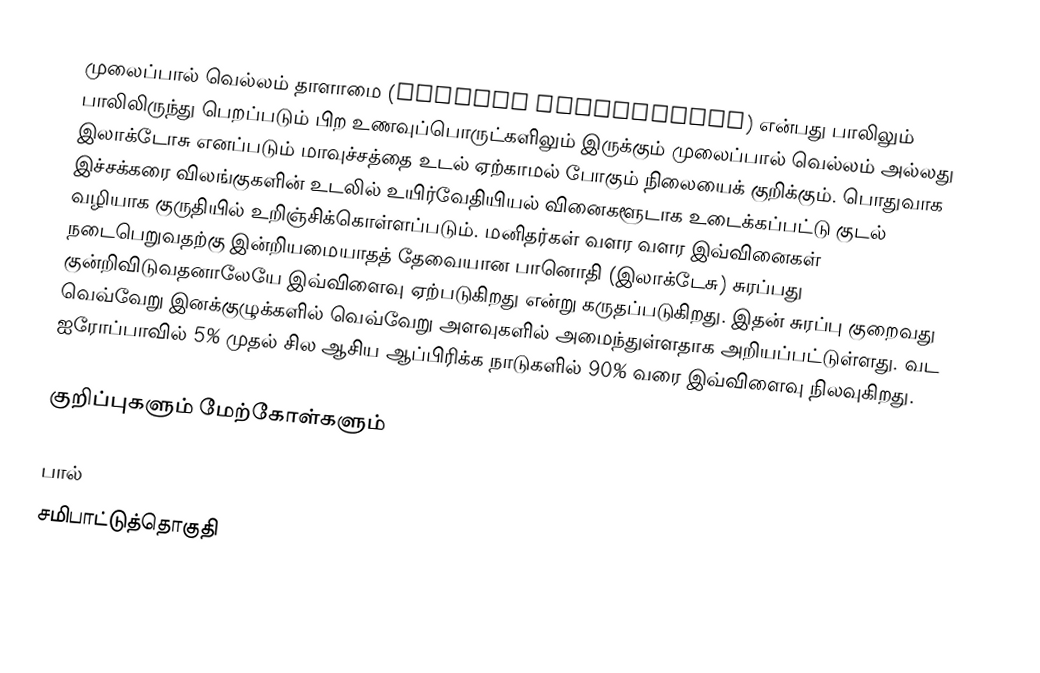
முலைப்பால் வெல்லம் தாளாமை (Lactose intolerance) என்பது பாலிலும் பாலிலிருந்து பெறப்படும் பிற உணவுப்பொருட்களிலும் இருக்கும் முலைப்பால் வெல்லம் அல்லது இலாக்டோசு எனப்படும் மாவுச்சத்தை உடல் ஏற்காமல் போகும் நிலையைக் குறிக்கும். பொதுவாக இச்சக்கரை விலங்குகளின் உடலில் உயிர்வேதியியல் வினைகளூடாக உடைக்கப்பட்டு குடல் வழியாக குருதியில் உறிஞ்சிக்கொள்ளப்படும். மனிதர்கள் வளர வளர இவ்வினைகள் நடைபெறுவதற்கு இன்றியமையாதத் தேவையான பானொதி (இலாக்டேசு) சுரப்பது குன்றிவிடுவதனாலேயே இவ்விளைவு ஏற்படுகிறது என்று கருதப்படுகிறது. இதன் சுரப்பு குறைவது வெவ்வேறு இனக்குழுக்களில் வெவ்வேறு அளவுகளில் அமைந்துள்ளதாக அறியப்பட்டுள்ளது. வட ஐரோப்பாவில் 5% முதல் சில ஆசிய ஆப்பிரிக்க நாடுகளில் 90% வரை இவ்விளைவு நிலவுகிறது.

குறிப்புகளும் மேற்கோள்களும்

பால்
சமிபாட்டுத்தொகுதி